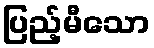
ပြည့်မီသော